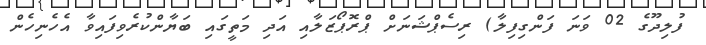
ފުލިދޫގެ 02 ވަނަ ފަންގިފިލާ) ރިސެޕްޝަނަށް ޕްރޮޕޯޒަލާއި އަދި މަތީގައި ބަޔާންކުރެވިފައިވާ އެހެނިހެން